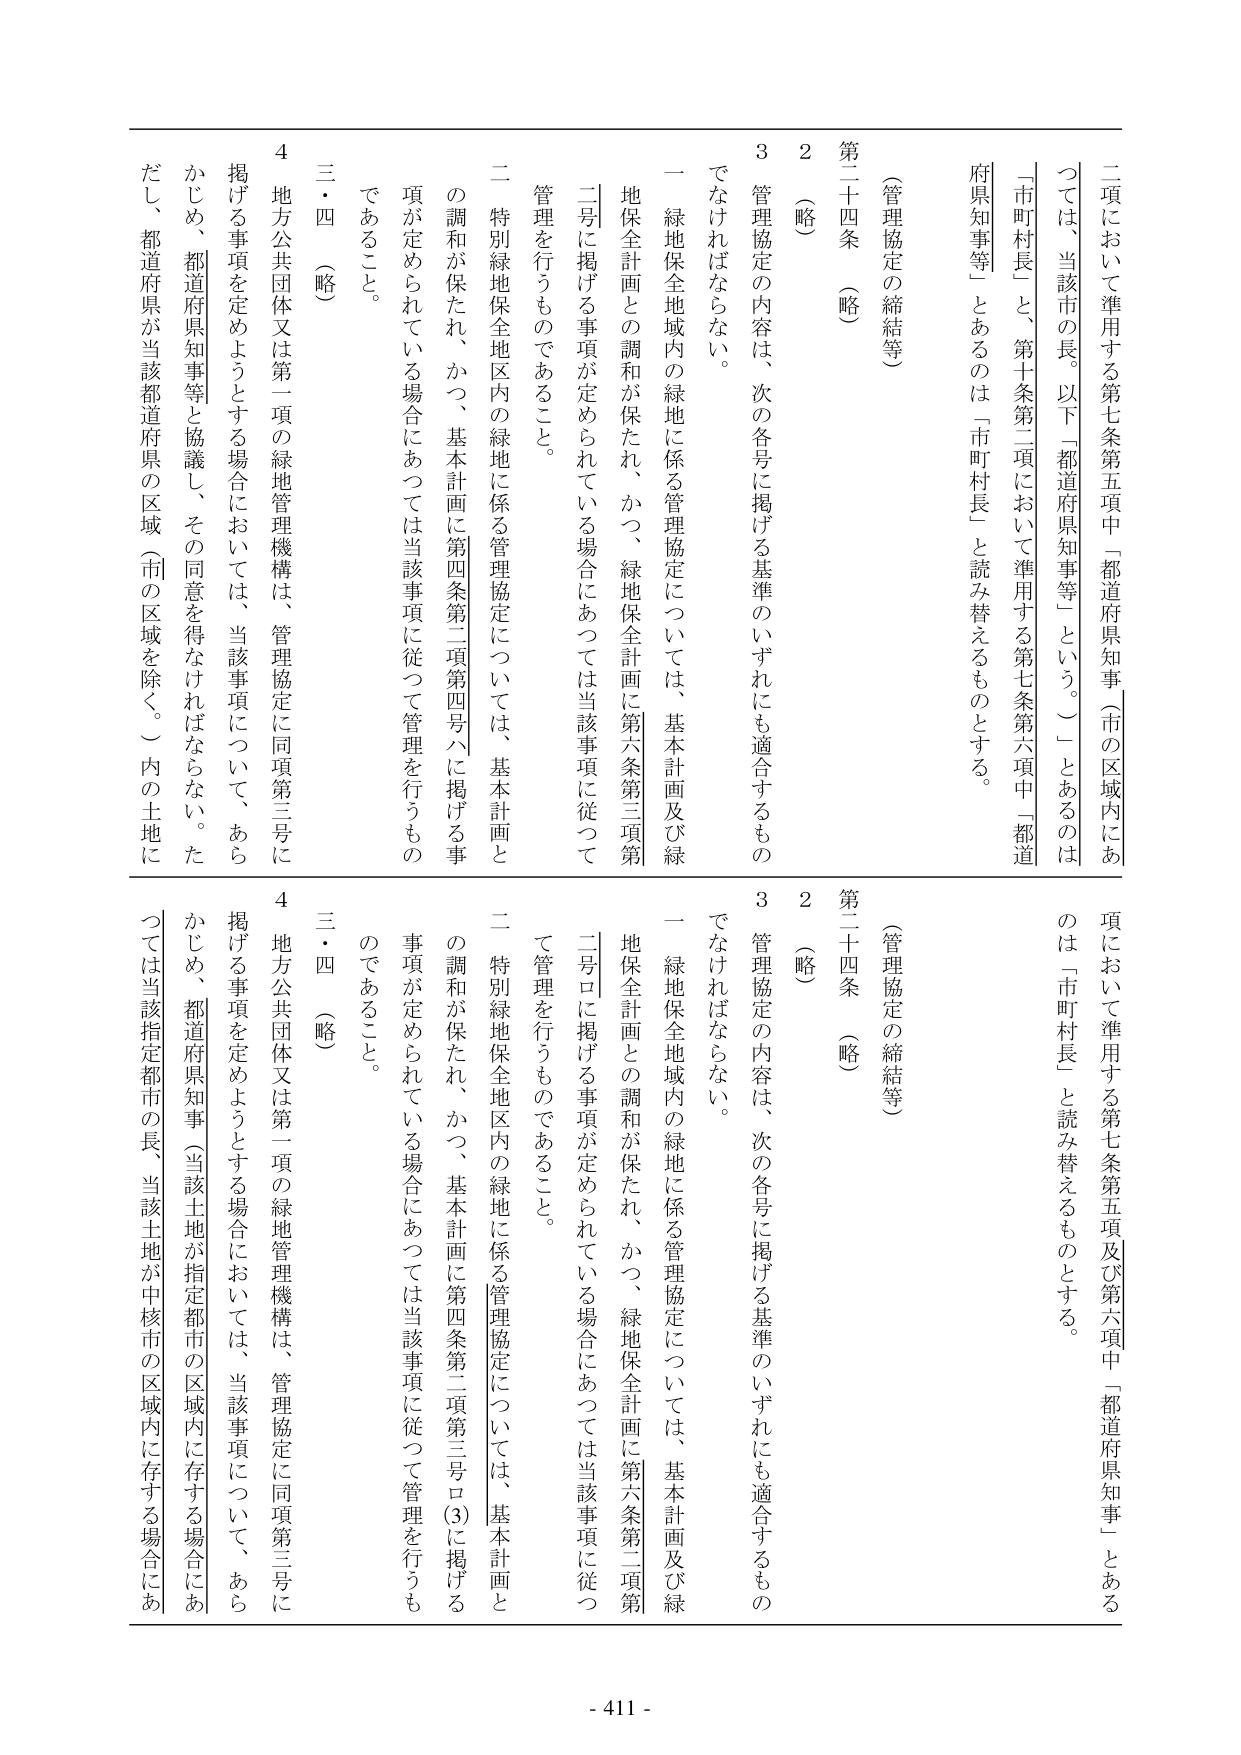
二項において準用する第七条第五項中「都道府県知事（市の区域内にあつては、当該市の長。以下「都道府県知事等」という。）」とあるのは「市町村長」と、第十条第二項において準用する第七条第六項中「都道府県知事等」とあるのは「市町村長」と読み替えるものとする。

（管理協定の締結等）
第二十四条 （略）
２ （略）
３ 管理協定の内容は、次の各号に掲げる基準のいずれにも適合するものでなければならない。
　一 緑地保全地域内の緑地に係る管理協定については、基本計画及び緑地保全計画との調和が保たれ、かつ、緑地保全計画に第六条第三項第二号に掲げる事項が定められている場合にあつては当該事項に従つて管理を行うものであること。
　二 特別緑地保全地区内の緑地に係る管理協定については、基本計画との調和が保たれ、かつ、基本計画に第四条第二項第四号ハに掲げる事項が定められている場合にあつては当該事項に従つて管理を行うものであること。
三・四 （略）
４ 地方公共団体又は第一項の緑地管理機構は、管理協定に同項第三号に掲げる事項を定めようとする場合においては、当該事項について、あらかじめ、都道府県知事等と協議し、その同意を得なければならない。ただし、都道府県が当該都道府県の区域（市の区域を除く。）内の土地に

項において準用する第七条第五項及び第六項中「都道府県知事」とあるのは「市町村長」と読み替えるものとする。

（管理協定の締結等）
第二十四条 （略）
２ （略）
３ 管理協定の内容は、次の各号に掲げる基準のいずれにも適合するものでなければならない。
　一 緑地保全地域内の緑地に係る管理協定については、基本計画及び緑地保全計画との調和が保たれ、かつ、緑地保全計画に第六条第二項第二号ロに掲げる事項が定められている場合にあつては当該事項に従つて管理を行うものであること。
　二 特別緑地保全地区内の緑地に係る管理協定については、基本計画との調和が保たれ、かつ、基本計画に第四条第二項第三号ロ（3）に掲げる事項が定められている場合にあつては当該事項に従つて管理を行うものであること。
三・四 （略）
４ 地方公共団体又は第一項の緑地管理機構は、管理協定に同項第三号に掲げる事項を定めようとする場合においては、当該事項について、あらかじめ、都道府県知事（当該土地が指定都市の区域内に存する場合にあつては当該指定都市の長、当該土地が中核市の区域内に存する場合にあ

- 411 -